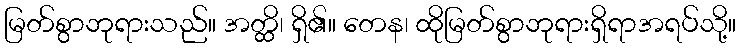
မြတ်စွာဘုရားသည်။ အတ္ထိ၊ ရှိ၏။ တေန၊ ထိုမြတ်စွာဘုရားရှိရာအရပ်သို့။